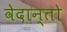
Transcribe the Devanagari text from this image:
वेदान्तो